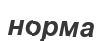
норма